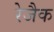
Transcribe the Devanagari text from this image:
रेजैक